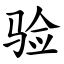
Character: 验